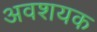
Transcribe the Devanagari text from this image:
अवशयक